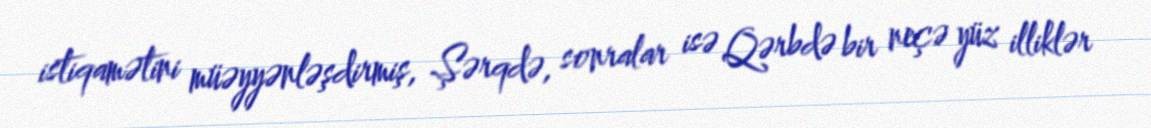
istiqamətini müəyyənləşdirmiş, Şərqdə, sonralar isə Qərbdə bir neçə yüz illiklər